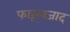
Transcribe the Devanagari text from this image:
फारूखजाद